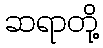
ဆရာတို့